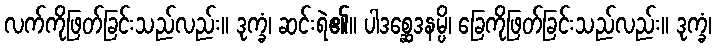
လက်ကိုဖြတ်ခြင်းသည်လည်း။ ဒုက္ခံ၊ ဆင်းရဲ၏။ ပါဒစ္ဆေဒနမ္ပိ၊ ခြေကိုဖြတ်ခြင်းသည်လည်း။ ဒုက္ခံ၊